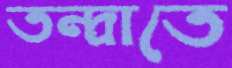
তন্দ্রাতে